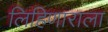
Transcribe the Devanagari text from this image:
लिहिणाराला